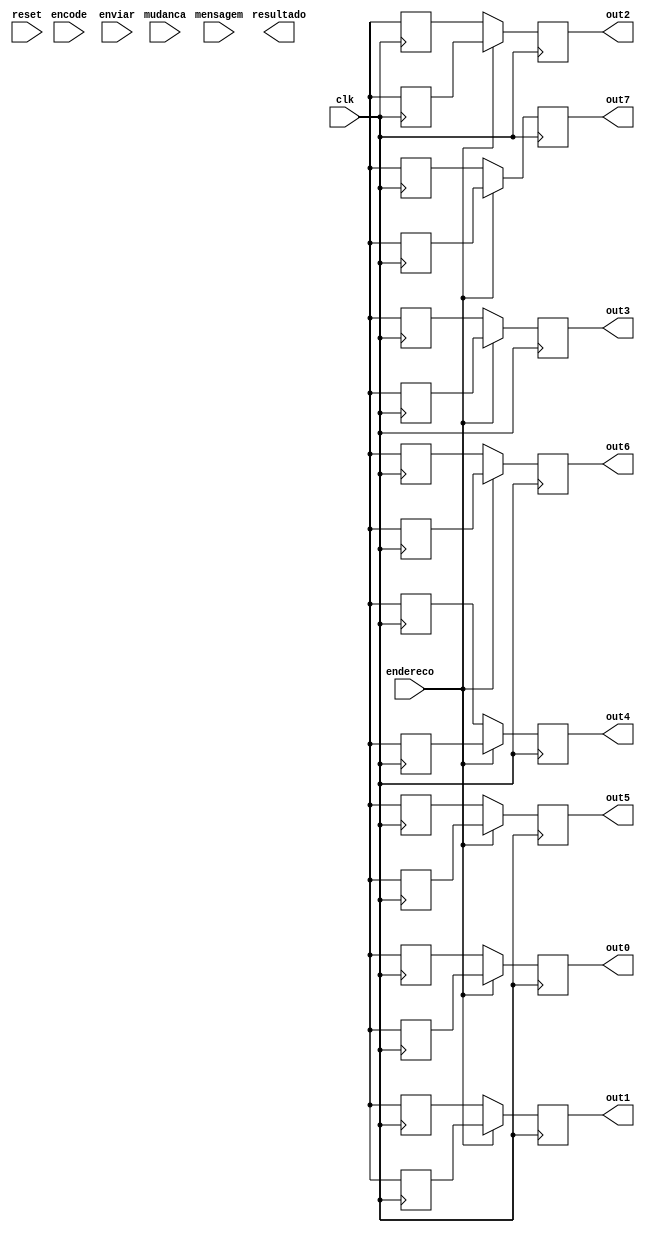
module hamming (clk, endereco , mudanca, mensagem, resultado, out0, out1, out2, out3, out4, out5, out6, out7, encode, enviar, reset);
input clk;
input endereco;
input enviar;
output [7:0] resultado;
input [7:0] mensagem; 
input mudanca;
input encode;
input reset;
reg [3:0] aleatorio;
reg [3:0] aleatorio2;
reg[11:0] hamming;
reg[7:0] final;
reg [3:0] detectar;
reg [3:0] deteccao;
reg [3:0] concat;
reg mudanca_prev;
reg[7:0] slave1;
reg[7:0] slave2;
reg[11:0] semifinal;
output reg [6:0] out0;
output reg [6:0] out1;
output reg [6:0] out2;
output reg [6:0] out3;
output reg [6:0] out4;
output reg [6:0] out5;
output reg [6:0] out6;
output reg [6:0] out7;


	always @(posedge encode or posedge reset) begin
		  if(reset) begin
				hamming[2] = 1'bx;
				hamming[4] = 1'bx; 
				hamming[5] = 1'bx;
				hamming[6] = 1'bx;
				hamming[8] = 1'bx;
				hamming[9] = 1'bx;
				hamming[10] = 1'bx;
				hamming[11] = 1'bx;
				hamming[0] = 1'bx;
				hamming[1] = 1'bx;
				hamming[3] = 1'bx;
				hamming[7] = 1'bx;
			end else begin
				hamming[2] = mensagem[0];
				hamming[4] = mensagem[1];
				hamming[5] = mensagem[2];
				hamming[6] = mensagem[3];
				hamming[8] = mensagem[4];
				hamming[9] = mensagem[5];
				hamming[10] = mensagem[6];
				hamming[11] = mensagem[7];
				hamming[0] = mensagem[0] ^ mensagem[1] ^ mensagem[3] ^ mensagem[4] ^ mensagem[6];
				hamming[1] = mensagem[0] ^ mensagem[2] ^ mensagem[3] ^ mensagem[5] ^ mensagem[6];
				hamming[3] = mensagem[1] ^ mensagem[2] ^ mensagem[3] ^ mensagem[7];
				hamming[7] = mensagem[4] ^ mensagem[5] ^ mensagem[6] ^ mensagem[7];
				if(mudanca) begin
					hamming[aleatorio] <= !hamming[aleatorio];
				end
		 end
	end
initial begin
	aleatorio = 4'b0000;
end

always @(posedge clk) begin
	aleatorio <= aleatorio + 1'b1;
	if (aleatorio == 4'b1011)begin
		aleatorio <= 4'b0000;
	end
end
task bcd7seg_bl;
output reg [6:0] out0;
output reg [6:0] out1;
output reg [6:0] out2;
output reg [6:0] out3;
output reg [6:0] out4;
output reg [6:0] out5;
output reg [6:0] out6;
output reg [6:0] out7;
input [7:0] final;
begin
   case(final[0])
        1'b0: out0 <= 7'b1000000;
        1'b1: out0 <= 7'b1111001;     
        default: out0 <= 7'b0000110;  // 0 
   endcase 
   case(final[1])
        1'b0: out1 <= 7'b1000000;
        1'b1: out1 <= 7'b1111001;     
        default: out1 <= 7'b0000110;  // 0 
   endcase 
   case(final[2])
        1'b0: out2 <= 7'b1000000;
        1'b1: out2 <= 7'b1111001;     
        default: out2 <= 7'b0000110;  // 0 
   endcase 
   case(final[3])
        1'b0: out3 <= 7'b1000000;
        1'b1: out3 <= 7'b1111001;     
        default: out3 <= 7'b0000110;  // 0 
   endcase 
   case(final[4])
        1'b0: out4 <= 7'b1000000;
        1'b1: out4 <= 7'b1111001;     
        default: out4 <= 7'b0000110;  // 0 
   endcase 
   case(final[5])
        1'b0: out5 <= 7'b1000000;
        1'b1: out5 <= 7'b1111001;     
        default: out5 <= 7'b0000110;  // 0 
   endcase 
   case(final[6])
        1'b0: out6 <= 7'b1000000;
        1'b1: out6 <= 7'b1111001;     
        default: out6 <= 7'b0000110;  // 0 
   endcase
   case(final[7])
        1'b0: out7 <= 7'b1000000;
        1'b1: out7 <= 7'b1111001;     
        default: out7 <= 7'b0000110;  // 0 
   endcase
end
endtask 

always @(posedge clk) begin
    deteccao[0] <= hamming[0] ^ hamming[2] ^ hamming[4] ^ hamming[6] ^ hamming[8] ^ hamming[10];
    deteccao[1] <= hamming[1] ^ hamming[2] ^ hamming[5] ^ hamming[6] ^ hamming[9] ^ hamming[10];
    deteccao[2] <= hamming[3] ^ hamming[4] ^ hamming[5] ^ hamming[6] ^ hamming[11];
    deteccao[3] <= hamming[7] ^ hamming[8] ^ hamming[9] ^ hamming[10] ^ hamming[11];
	 if(reset)begin
		deteccao[0] <= 1'bx;
		deteccao[1] <= 1'bx;
		deteccao[2] <= 1'bx;
		deteccao[3] <= 1'bx;
	 end
end

always @(posedge clk) begin
    concat <= {deteccao[3], deteccao[2], deteccao[1], deteccao[0]};
    if (concat != 4'b0000) begin
        case(concat) 
			4'b0001: detectar <= 4'd1;
			4'b0010: detectar <= 4'd2;
			4'b0011: detectar <= 4'd3;
			4'b0100: detectar <= 4'd4;
			4'b0101: detectar <= 4'd5;
			4'b0110: detectar <= 4'd6;
			4'b0111: detectar <= 4'd7;
			4'b1000: detectar <= 4'd8;
			4'b1001: detectar <= 4'd9;
			4'b1010: detectar <= 4'd10;
			4'b1011: detectar <= 4'd11;
			4'b1100: detectar <= 4'd12;
			4'b1101: detectar <= 4'd13;
			4'b1110: detectar <= 4'd14;
			4'b1111: detectar <= 4'd15;
			default: detectar <= 4'd0;
		endcase
   end
end
always @(*) begin // correo do cdigo
	semifinal[11:0] = hamming[11:0];
	semifinal[detectar-1] = !semifinal[detectar-1];
	final[0] = semifinal[2];
	final[1] = semifinal[4];
	final[2] = semifinal[5];
	final[3] = semifinal[6];
	final[4] = semifinal[8];
	final[5] = semifinal[9];
	final[6] = semifinal[10];
	final[7] = semifinal[11];
	if (reset) begin
		final[7:0] = 8'bxxxxxxxx;
		semifinal[11:0] = 12'bxxxxxxxxxxxx;
	end
end
always @(posedge clk) begin
	if (reset)begin
		out0 <= 7'bxxxxxxx;
		out1 <= 7'bxxxxxxx;
		out2 <= 7'bxxxxxxx;
		out3 <= 7'bxxxxxxx;
		out4 <= 7'bxxxxxxx;
		out5 <= 7'bxxxxxxx;
		out6 <= 7'bxxxxxxx;
		out7 <= 7'bxxxxxxx;
		slave1 <= 8'bxxxxxxxx;
		slave2 <= 8'bxxxxxxxx;
	end
	if (endereco == 1'b0) begin
		if (enviar == 1'b1) begin
			slave1[7:0] <= final[7:0];
		end
		bcd7seg_bl(out0, out1, out2, out3, out4, out5, out6, out7, slave1);
	end
	if (endereco == 1'b1) begin
		if (enviar == 1'b1) begin
			slave2[7:0] <= final[7:0];
		end
		bcd7seg_bl(out0, out1, out2, out3, out4, out5, out6, out7, slave2);
	end
end

endmodule